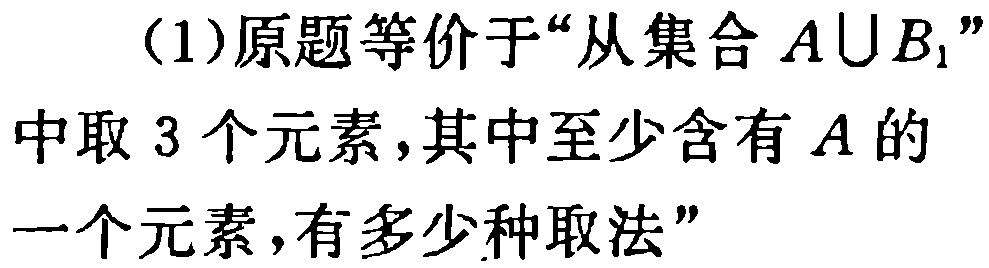
(1)原题等价于“从集合 \(A\cup B_{1}\)”

中取 \(3\) 个元素,其中至少含有 \(A\) 的

一个元素,有多少种取法”